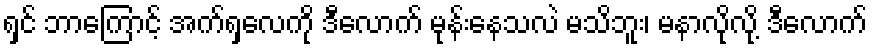
ရှင် ဘာကြောင့် အက်ရှလေကို ဒီလောက် မုန်းနေသလဲ မသိဘူး၊ မနာလိုလို့ ဒီလောက်